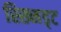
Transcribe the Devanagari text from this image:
स्ख्मिड्ट